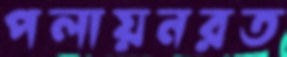
পলায়নরত